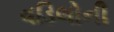
વડિલોની